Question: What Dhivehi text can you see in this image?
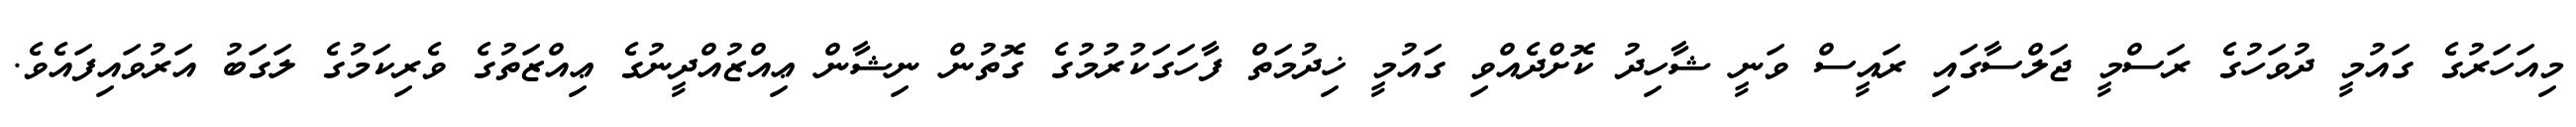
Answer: މިއަހަރުގެ ގައުމީ ދުވަހުގެ ރަސްމީ ޖަލްސާގައި ރައީސް ވަނީ ޝާހިދު ކޮށްދެއްވި ގައުމީ ޚިދުމަތް ފާހަގަކުރުމުގެ ގޮތުން ނިޝާން ޢިއްޒުއްދީނުގެ ޢިއްޒަތުގެ ވެރިކަމުގެ ލަގަބު އަރުވައިފައެވެ.